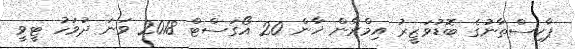
ޕާކިސްތާނުގެ ބޮޑުވަޒީރު އިމްރާން ޚާން 20 އޯގަސްޓް 2018 ވަނަ ދުވަހު ޓީވީ